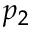
p _ { 2 }